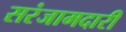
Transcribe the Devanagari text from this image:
सरंजामदारी